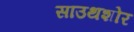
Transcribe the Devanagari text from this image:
साउथशोर